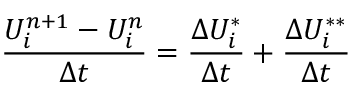
\frac { U _ { i } ^ { n + 1 } - U _ { i } ^ { n } } { \Delta t } = \frac { \Delta U _ { i } ^ { * } } { \Delta t } + \frac { \Delta U _ { i } ^ { * * } } { \Delta t }